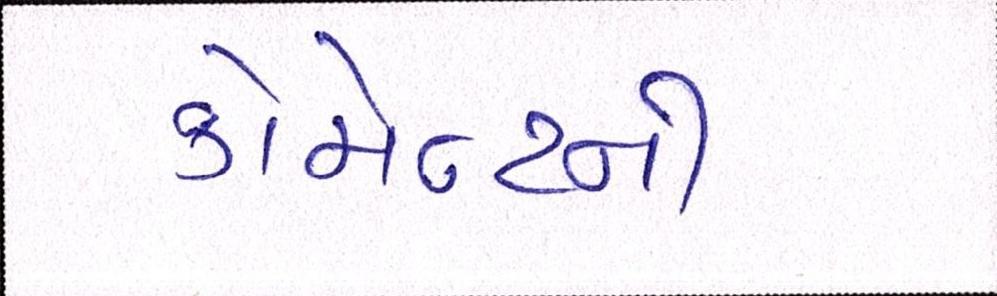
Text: કોમેન્ટની